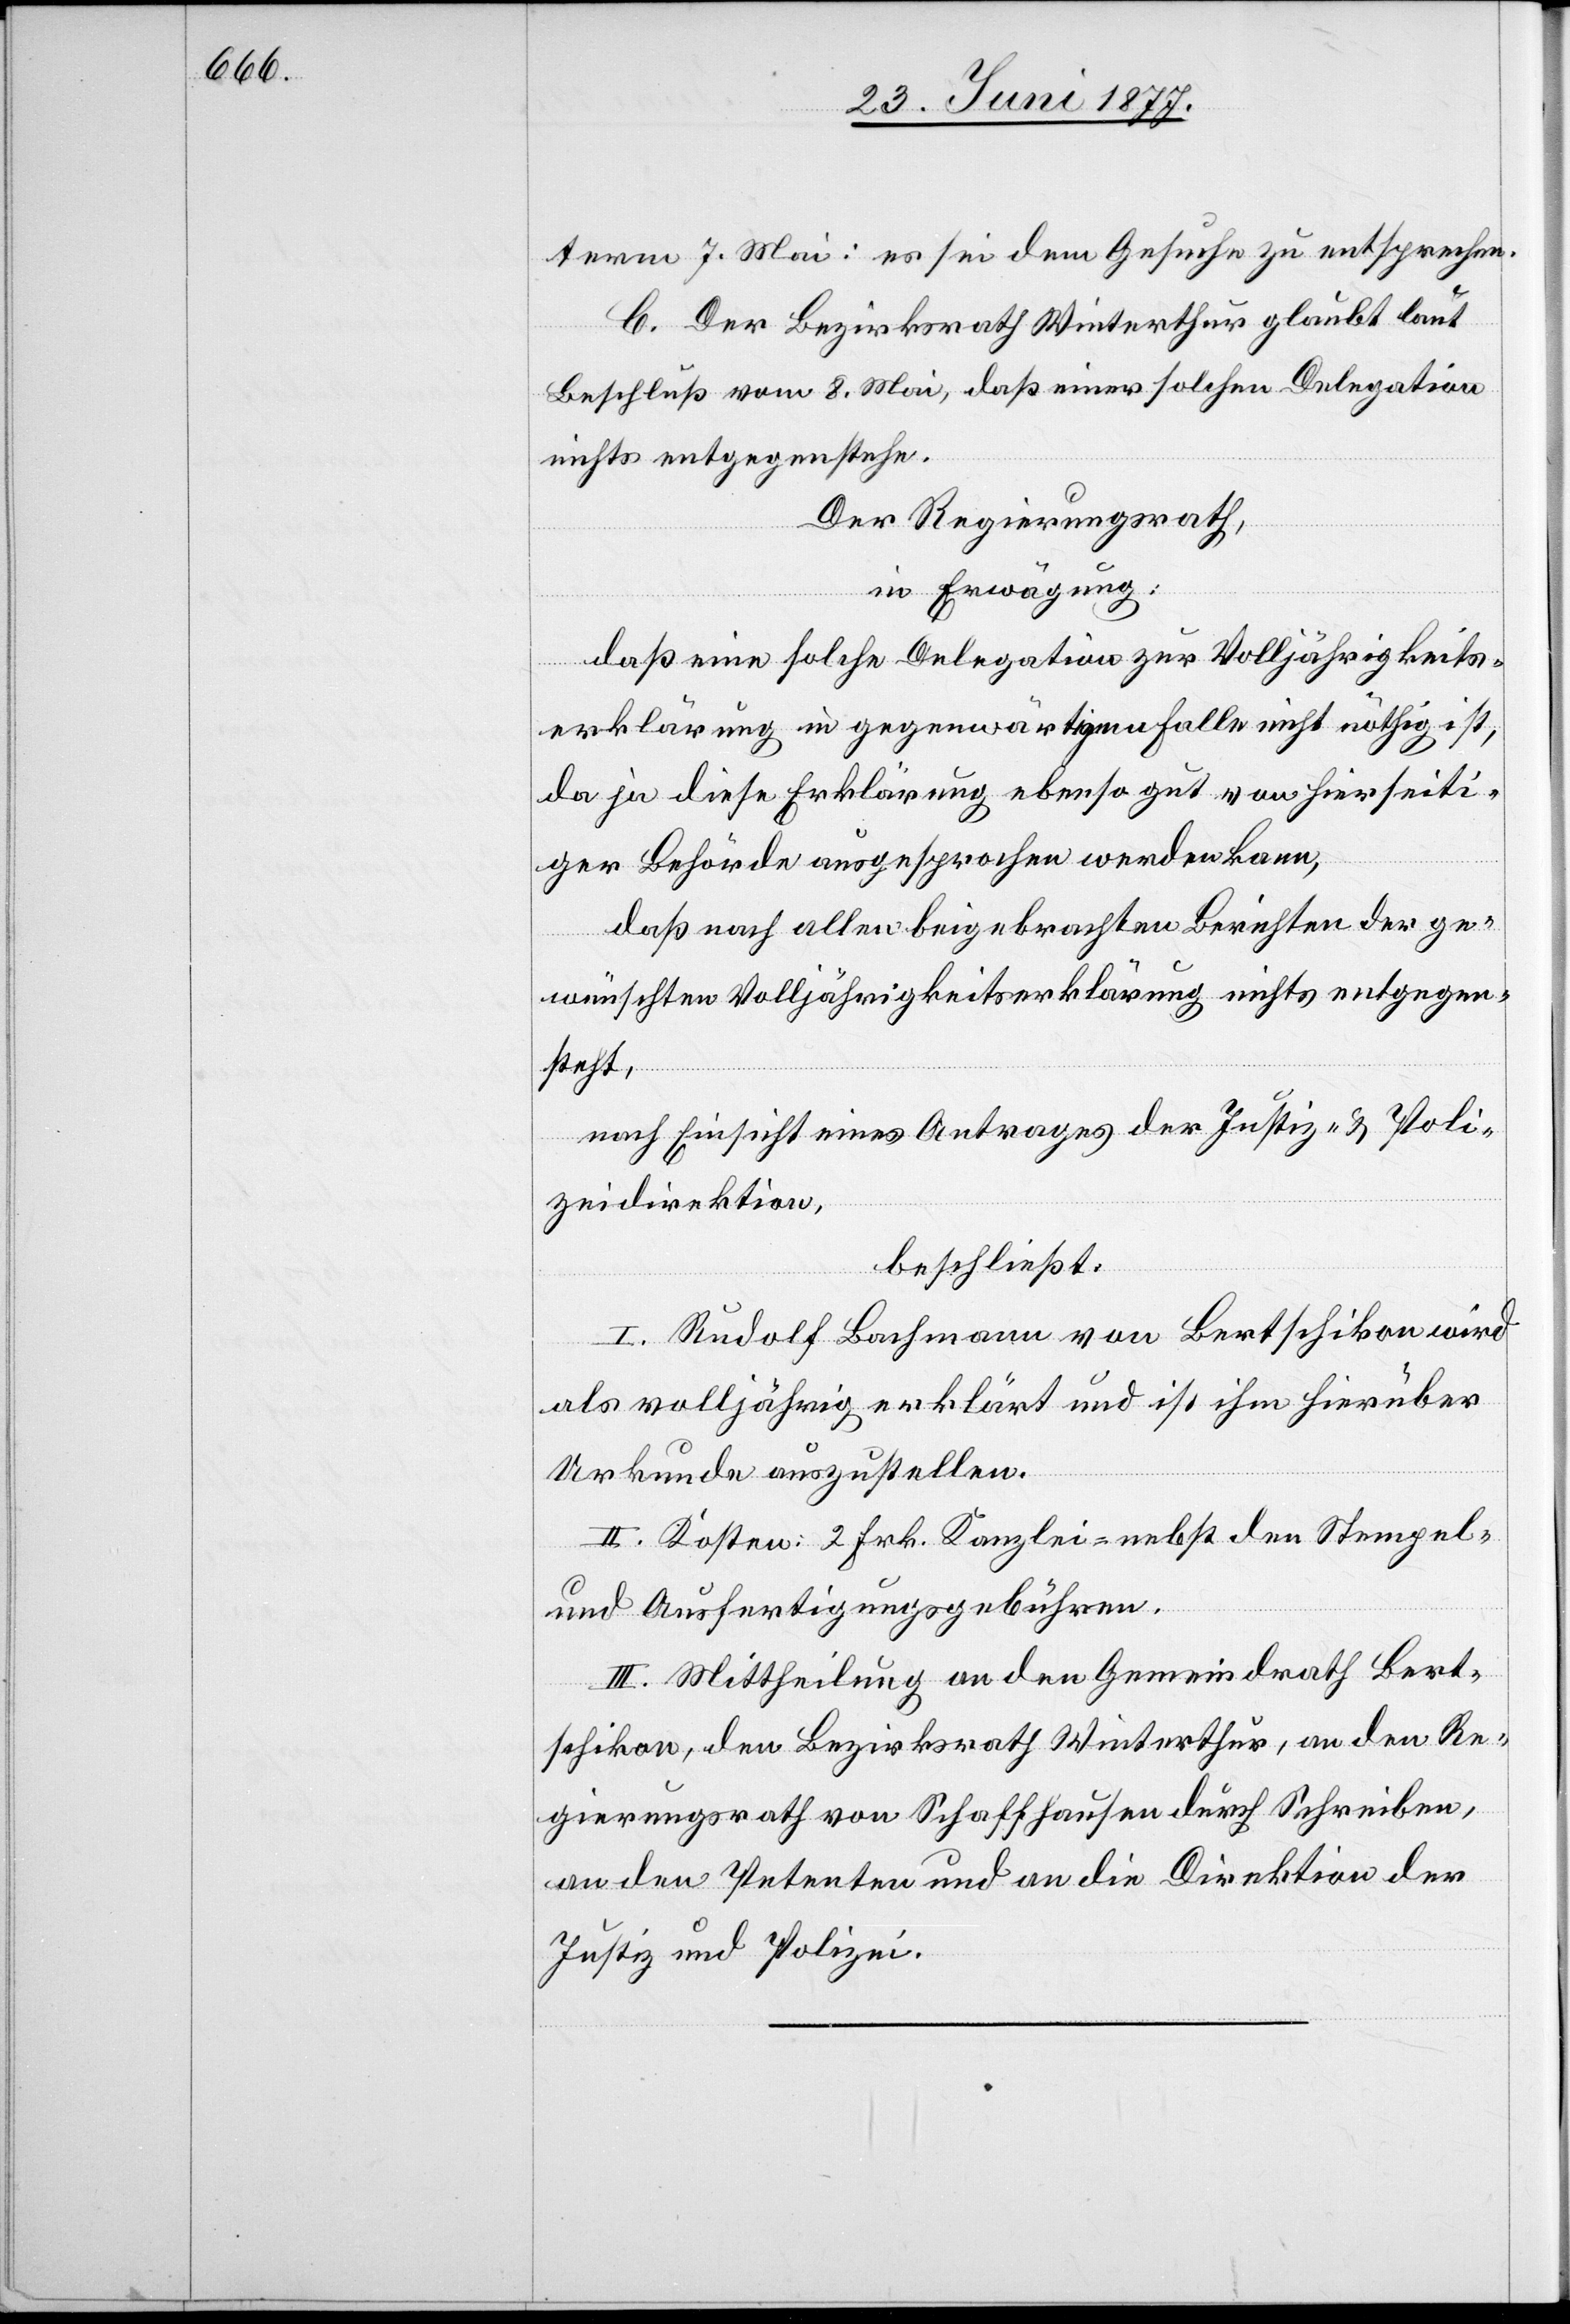
term 7. Mai: es sei dem Gesuche zu entsprechen.
C. Der Bezirksrath Winterthur glaubt laut
Beschluß vom 8. Mai, daß einer solchen Delegation
nichts entgegenstehe.
Der Regierungsrath,
in Erwägung:
daß eine solche Delegation zur Volljährigkeits¬
erklärung in gegenwärtigem Falle nicht nöthig ist,
da ja diese Erklärung ebenso gut von hierseiti¬
ger Behörde ausgesprochen werden kann,
daß nach allen beigebrachten Berichten der ge¬
wünschten Volljährigkeitserklärung nichts entgegen¬
steht,
nach Einsicht eines Antrages der Justiz- & Poli¬
zeidirektion,
beschließt:
I. Rudolf Bachmann von Bertschikon wird
als volljährig erklärt und ist ihm hierüber
Urkunde auszustellen.
II. Kosten: 2 Frk. Kanzlei- nebst den Stempel-
und Ausfertigungsgebühren.
III. Mittheilung an den Gemeindrath Bert¬
schikon, den Bezirksrath Winterthur, an den Re¬
gierungsrath von Schaffhausen durch Schreiben,
an den Petenten und an die Direktion der
Justiz und Polizei.